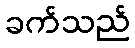
ခက်သည်